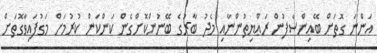
އަންނަ ގޮތަށް ބޭއިންސާފުން ރައްޔިތުންނާއި މެދު ބާރުގެ ބޭނުންކޮށްގެން ކަންކަން ކުރުމަށް މަގުފައިވާގޮތަށް